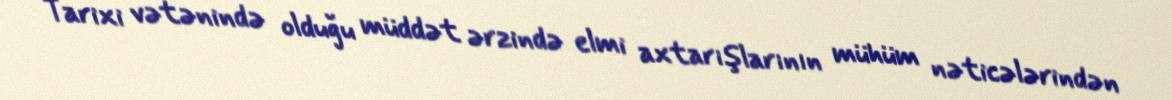
Tarixi vətənində olduğu müddət ərzində elmi axtarışlarının mühüm nəticələrindən